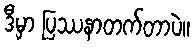
ဒီမှာ ပြဿနာတက်တာပဲ။